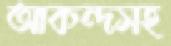
আকন্দসহ